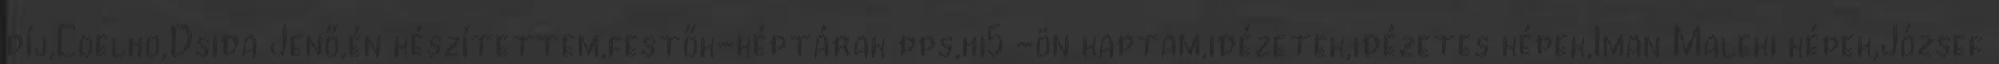
díj,Coelho,Dsida Jenő,én készítettem,festők-képtárak pps,hi5 -ön kaptam,idézetek,idézetes képek,Iman Maleki képek,József